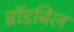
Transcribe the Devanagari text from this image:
ब्रॉडबिल